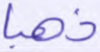
ذهبا